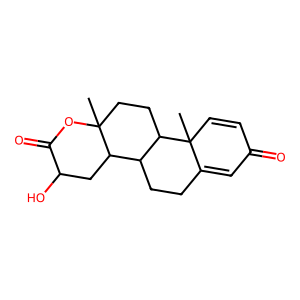
SMILES: CC12CCC3C(CCC4=CC(=O)C=CC43C)C1CC(O)C(=O)O2
Inhibits HIV replication: No